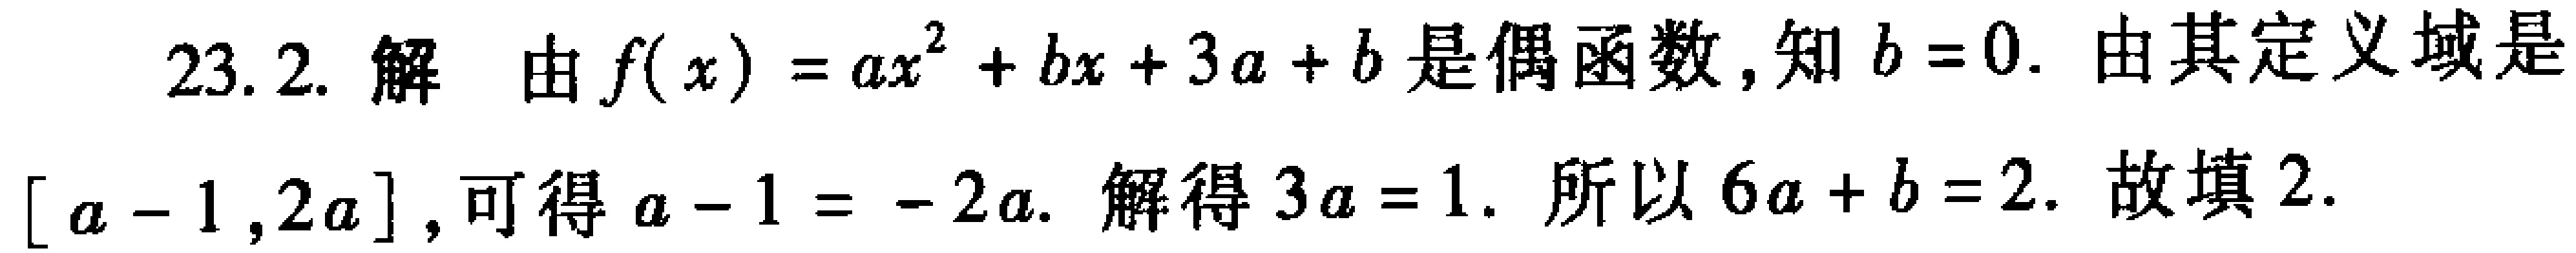
23.2. 解 由\(f(x)=ax^{2}+bx + 3a + b\)是偶函数，知\(b = 0\). 由其定义域是\([a - 1,2a]\)，可得\(a - 1 = - 2a\). 解得\(3a = 1\). 所以\(6a + b = 2\). 故填\(2\).